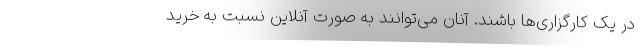
در یک کارگزاری‌ها باشند. آنان می‌توانند به صورت آنلاین نسبت به خرید